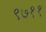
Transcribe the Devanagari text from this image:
९७११